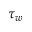
\tau _ { w }